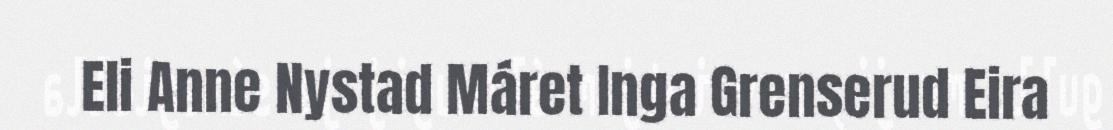
Eli Anne Nystad Máret Inga Grenserud Eira